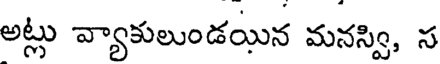
అల్లు వ్యాకులుండయిన మనస్వి, స